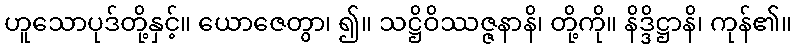
ဟူသောပုဒ်တို့နှင့်။ ယောဇေတွာ၊ ၍။ သဋ္ဌိဝိဿဇ္ဇနာနိ၊ တို့ကို။ နိဒ္ဒိဋ္ဌာနိ၊ ကုန်၏။